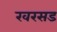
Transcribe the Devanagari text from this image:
खरसड